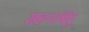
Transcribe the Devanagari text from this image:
सहनबिंदु